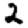
Digit: 2